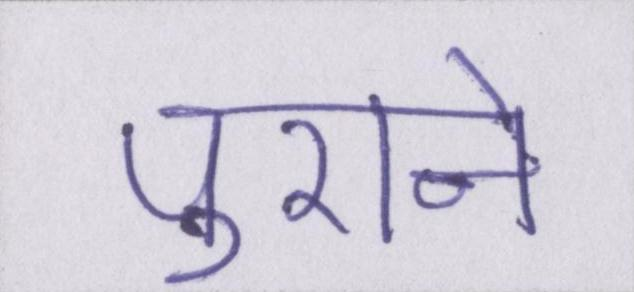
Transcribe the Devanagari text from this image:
पुराने